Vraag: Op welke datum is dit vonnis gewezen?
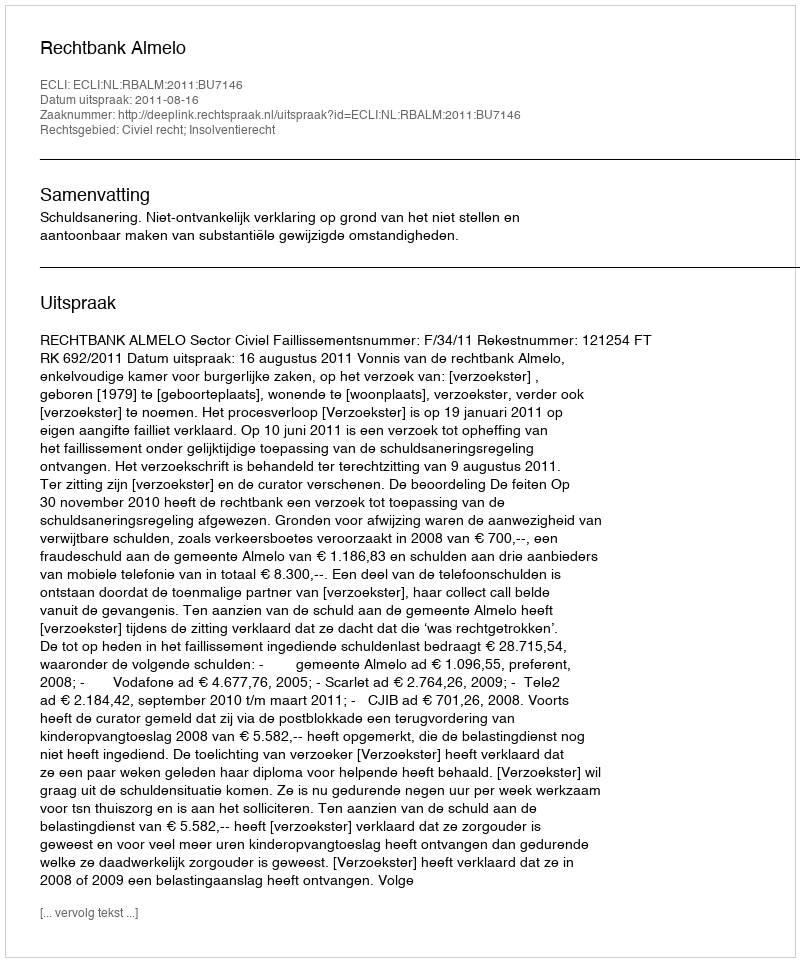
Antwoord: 2011-08-16